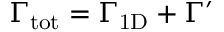
\Gamma _ { \mathrm { t o t } } = \Gamma _ { \mathrm { 1 D } } + \Gamma ^ { \prime }